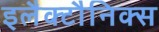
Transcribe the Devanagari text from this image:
इलैक्टौनिक्स